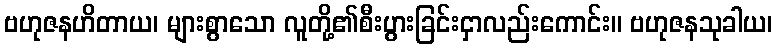
ဗဟုဇနဟိတာယ၊ များစွာသော လူတို့၏စီးပွားခြင်းငှာလည်းကောင်း။ ဗဟုဇနသုခါယ၊